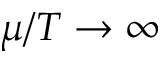
\mu / T \to \infty